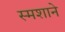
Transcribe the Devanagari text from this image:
स्मशाने